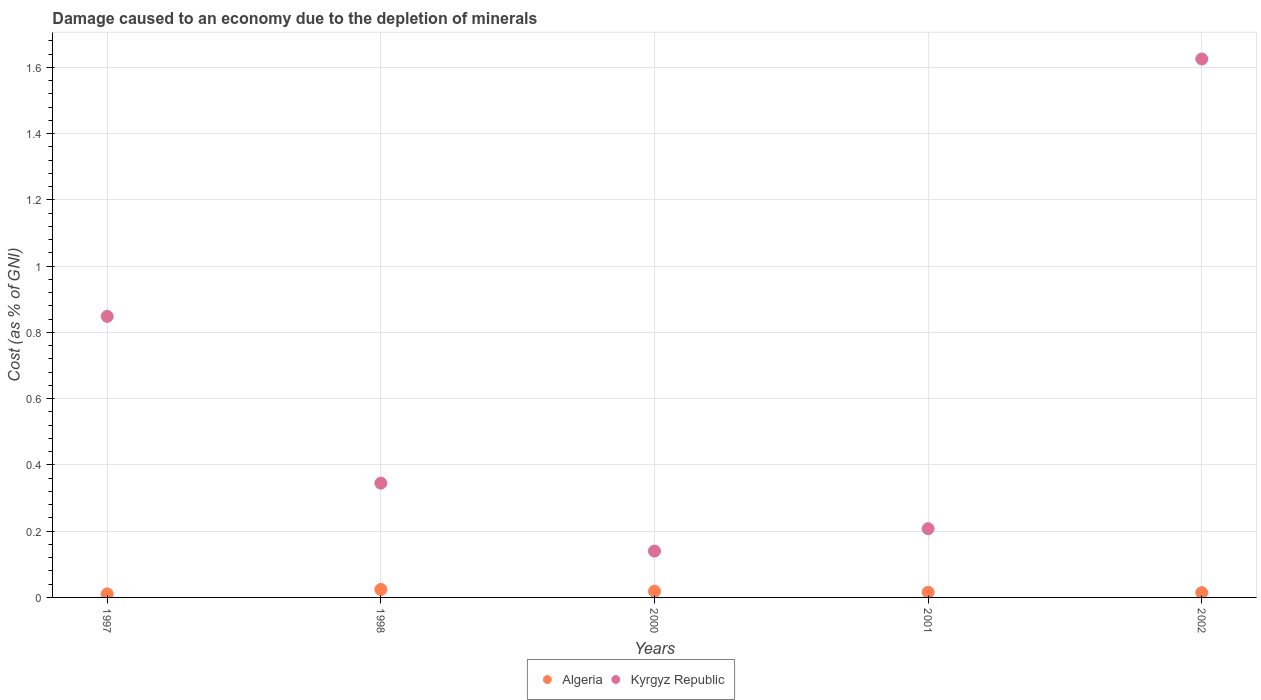
| Years | Algeria | Kyrgyz Republic |
 | --- | --- | --- |
 | 1997 | 0.0107 | 0.848 |
 | 1998 | 0.0241 | 0.345 |
 | 2000 | 0.0186 | 0.14 |
 | 2001 | 0.0154 | 0.207 |
 | 2002 | 0.0144 | 1.63 |